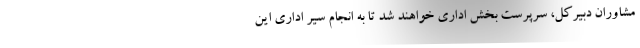
مشاوران دبیرکل، سرپرست بخش اداری خواهند شد تا به انجام سیر اداری این